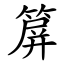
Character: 箳